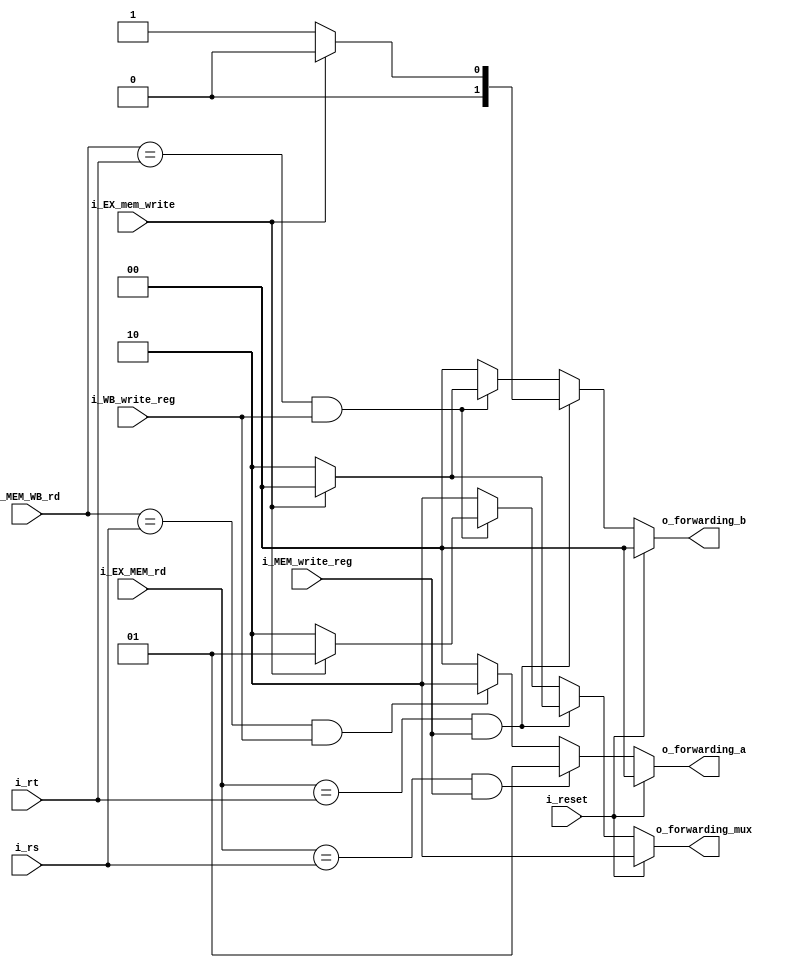
`timescale 1ns / 1ps

module forwarding_unit #(
        parameter NB_REG    = 5,
        parameter NB_MUX    = 2
    )    
    (   
        input                      i_reset,
        input       [NB_REG-1 : 0] i_EX_MEM_rd,         // RD corresnpondiente a la etapa EXECUTE/MEMORY
        input       [NB_REG-1 : 0] i_MEM_WB_rd,         // RD corresnpondiente a la etapa MEMORY/WRITE-BACK
        input       [NB_REG-1 : 0] i_rt,                // data_b
        input       [NB_REG-1 : 0] i_rs,                // data_a
        input                      i_EX_mem_write,      // Si se quiere escribir en memoria, corresponde a STOREs
        input                      i_MEM_write_reg,     // Si se quiere escribir en un Registro, valor desde la etapa MEMORY
        input                      i_WB_write_reg,      // Si se quiere escribir en un Registro, valor desde la etapa WRITE-BACK
        output reg  [NB_MUX-1:0]   o_forwarding_a,      // Si se forwardea el valor de A
        output reg  [NB_MUX-1:0]   o_forwarding_b,      // Si se forwardea el valor de B
        output reg  [NB_MUX-1:0]   o_forwarding_mux     // Dato normal(10), Dato de WriteBack (01), Dato de Memoria (00)(Elije en el mux de EXECUTE)
    );
    always@(*) begin
        if(i_reset) begin
            o_forwarding_a      = 2'b0;
            o_forwarding_b      = 2'b0;
            o_forwarding_mux    = 2'b10;            // Dato normal
        end
        else begin
            // Si ninguna de las seales de escritura en registros est activa, nuevamente, se restablecen las salidas a valores predeterminados.
            if((i_MEM_write_reg == 0) && (i_WB_write_reg==0)) begin
                o_forwarding_a      = 2'b0;
                o_forwarding_b      = 2'b0;
                o_forwarding_mux    = 2'b10;        // Dato normal
            end
            
            //#############################################################
            //--------------------- OPERANDO A ----------------------------
            //#############################################################

            //Ahora se consideran casos de FORWARD para los operandos A y B:
            //Si el REG de destino en la etapa EXECUTE (i_EX_MEM_rd) coincide con el registro fuente de A (i_rs) 
            //y tambien
            //la seal de escritura en memoria (i_MEM_write_reg) est activa
            //SE establece:
            //      o_forwarding_a en   2'b01 (indicando que el dato proviene de MEM) 
            //      o_forwarding_mux en 2'b10 (dato normal).
            
            if((i_EX_MEM_rd == i_rs) && i_MEM_write_reg) begin
                o_forwarding_a      = 2'b01;        // El dato viene de MEM
                o_forwarding_mux    = 2'b10;        // Dato normal
            end
            // Si el registro de destino en la etapa MEMORY (i_MEM_WB_rd) coincide con el registro fuente de A (i_rs) 
            // y tambien 
            // la seal de escritura en registro en la etapa WRITE-BACK (i_WB_write_reg) est activa
            // SE establece:
            //      o_forwarding_a en     2'b10 (indicando que el dato proviene de WB) 
            //      o_forwarding_mux en   2'b10.
            else if ((i_MEM_WB_rd == i_rs) && i_WB_write_reg) begin
                o_forwarding_a      = 2'b10;        // El dato viene de WB
                o_forwarding_mux    = 2'b10;        // Dato normal
            end
            else begin
                o_forwarding_a      = 2'b0;         // No hay forwarding para A
                o_forwarding_mux    = 2'b10;        // Dato normal
            end

            //#############################################################
            //--------------------- OPERANDO B ----------------------------
            //#############################################################

            // Similarmente, se manejan casos de forwarding para el operando B considerando el registro fuente de B (i_rt)
            // y las seales de escritura en memoria y registros.
            if((i_EX_MEM_rd == i_rt) && i_MEM_write_reg) begin
                if(i_EX_mem_write) begin            // Hay Store
                    o_forwarding_b      = 2'b00;    // No forwardeo
                    o_forwarding_mux    = 2'b00;    // forwardea reg de EX_MEM para store
                end
                else begin
                    o_forwarding_b      = 2'b01;    // El dato viene de MEM
                    o_forwarding_mux    = 2'b10;    // Dato normal
                end
            end
            else if ((i_MEM_WB_rd == i_rt) && i_WB_write_reg) begin
                if(i_EX_mem_write) begin            // Hay store
                    o_forwarding_b      = 2'b00;    // No forwardeo
                    o_forwarding_mux    = 2'b01;
                end
                else begin
                    o_forwarding_b      = 2'b10;    // El dato viene de WB
                    o_forwarding_mux    = 2'b10;    // Dato normal
                end
            end
            else begin
                o_forwarding_b      = 2'b0;         // No hay forwarding para B
                o_forwarding_mux    = 2'b10;        // Dato normal
            end
        end
    end
    
endmodule